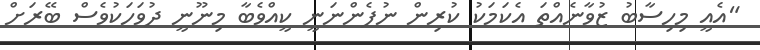
"އެއީ މިހިސާބު ޒުވާނެއްތަ އެކަމަކު ކުރިން ނުފެންނަނީ ކީއްވެބާ މިނޫނީ ދުވަހަކުވެސް ބޭރަށް